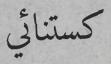
كستنائي